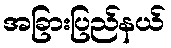
အခြားပြည်နယ်